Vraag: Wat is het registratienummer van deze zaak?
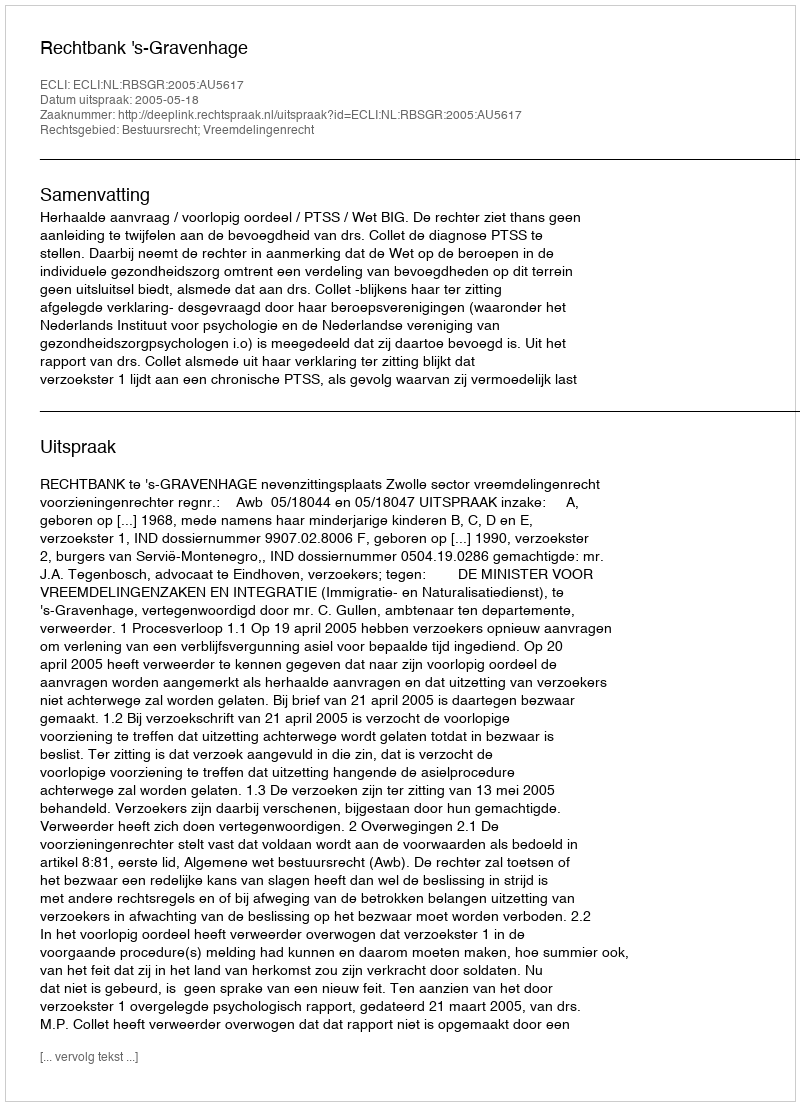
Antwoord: http://deeplink.rechtspraak.nl/uitspraak?id=ECLI:NL:RBSGR:2005:AU5617